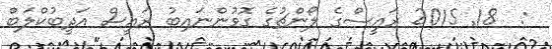
:  18